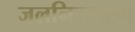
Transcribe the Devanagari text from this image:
जलनिःसारण